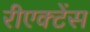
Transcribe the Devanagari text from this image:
रीएक्टेंस